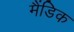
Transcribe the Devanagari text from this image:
मैंडिक